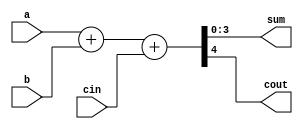
module 	sumador(a, b, cin, sum, cout);
input	[3:0]	a, b;
input		cin;
output	[3:0] 	sum;
output	 	cout;

wire	[3:0] 	a,b;
wire		cout;
wire	[3:0] 	sum;





assign	#1 {cout, sum} = a + b + cin;

endmodule